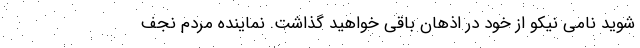
شوید نامی نیکو از خود در اذهان باقی خواهید گذاشت. نماینده مردم نجف